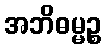
အဘိဓမ္မဉ္စ